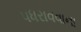
પધરાવવાના